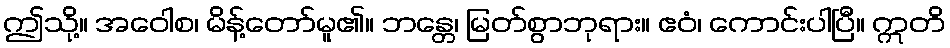
ဤသို့။ အဝေါစ၊ မိန့်တော်မူ၏။ ဘန္တေ၊ မြတ်စွာဘုရား။ ဧဝံ၊ ကောင်းပါပြီ။ ဣတိ